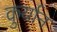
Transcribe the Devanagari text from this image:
कुर्यान